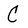
Character: C